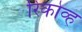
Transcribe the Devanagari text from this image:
रिकोव्ह